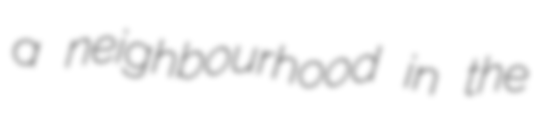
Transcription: a neighbourhood in the